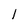
Character: l